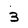
Character: 3